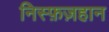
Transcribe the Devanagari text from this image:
निस्फ़ज़हान